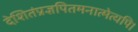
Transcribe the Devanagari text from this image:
देशितंप्रज्ञपितमनात्मेत्यपि।